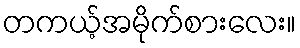
တကယ့်အမိုက်စားလေး။